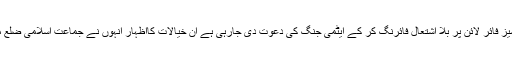
ہندوستان پاکستان کو بنجر اور صحرا میں تبدیل کرنے کی سازش کررہا ہے سیز فائر لائن پر بلا اشتعال فائرنگ کر کے ایٹمی جنگ کی دعوت دی جارہی ہے ان خیالات کااظہار انہوں نے جماعت اسلامی ضلع مظفرآباد کی طرف سے دی گئی استقبالیہ تقریب سے خطاب کرتے ہوئے کیا ۔